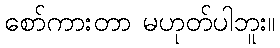
စော်ကားတာ မဟုတ်ပါဘူး။